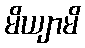
မိယျာမိ